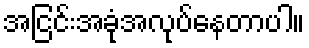
အငြင်းအခုံအလုပ်နေတာပါ။